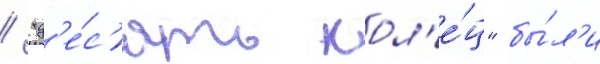
/ "д'е́с'ять кол'е́ц" бы́л'и